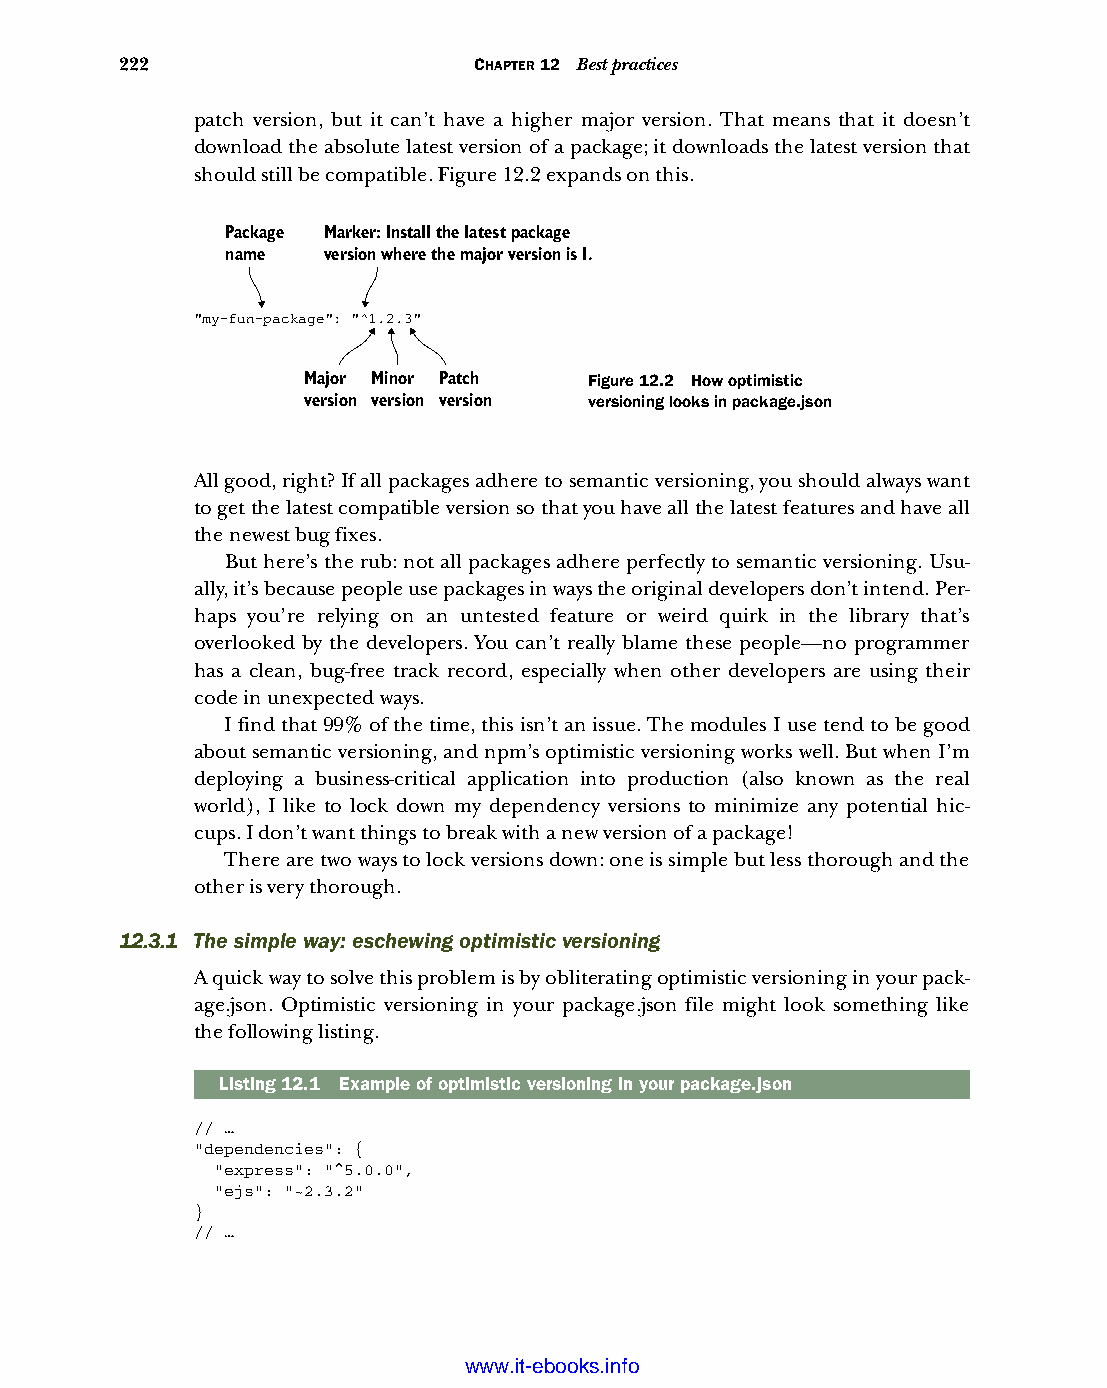
222                    CHAPTER 12 Best practices
 patch version, but it can’t have a higher major version. That means that it doesn’t
 download the absolute latest version of a package; it downloads the latest version that
 should still be compatible. Figure 12.2 expands on this.
 Package Marker: Install the latest package
 name  version where the major version is 1.
 "my-fun-package": "^1.2.3"
 Major Minor Patch  Figure 12.2 How optimistic
 version version version versioning looks in package.json
 All good, right? If all packages adhere to semantic versioning, you should always want
 to get the latest compatible version so that you have all the latest features and have all
 the newest bug fixes.
 But here’s the rub: not all packages adhere perfectly to semantic versioning. Usu-
 ally, it’s because people use packages in ways the original developers don’t intend. Per-
 haps you’re relying on an untested feature or weird quirk in the library that’s
 overlooked by the developers. You can’t really blame these people—no programmer
 has a clean, bug-free track record, especially when other developers are using their
 code in unexpected ways.
 I find that 99% of the time, this isn’t an issue. The modules I use tend to be good
 about semantic versioning, and npm’s optimistic versioning works well. But when I’m
 deploying a business-critical application into production (also known as the real
 world), I like to lock down my dependency versions to minimize any potential hic-
 cups. I don’t want things to break with a new version of a package!
 There are two ways to lock versions down: one is simple but less thorough and the
 other is very thorough.
 12.3.1 The simple way: eschewing optimistic versioning
 A quick way to solve this problem is by obliterating optimistic versioning in your pack-
 age.json. Optimistic versioning in your package.json file might look something like
 the following listing.
 Listing12.1 Example of optimistic versioning in your package.json
 // …
 "dependencies": {
 "express": "^5.0.0",
 "ejs": "~2.3.2"
 }
 // …
 Licensed wtow w <.mit-ielebro.8o8k8s@.ingfomail.com>